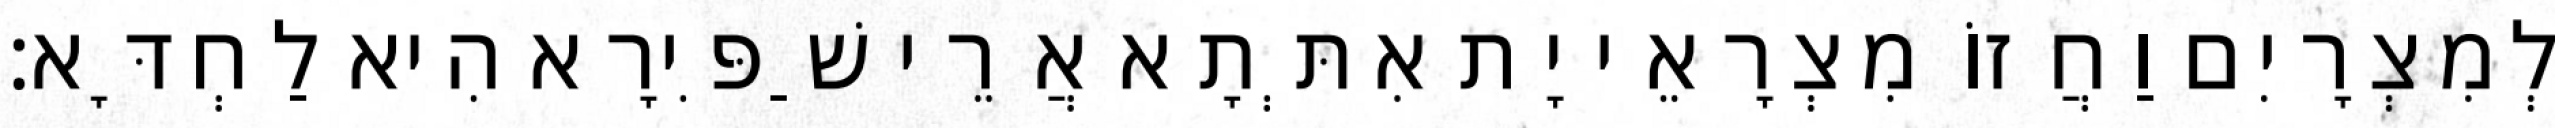
לְמִצְרָיִם וַחֲזוֹ מִצְרָאֵי יָת אִתְּתָא אֲרֵי שַׁפִּירָא הִיא לַחְדָּא׃